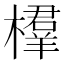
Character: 𣜘